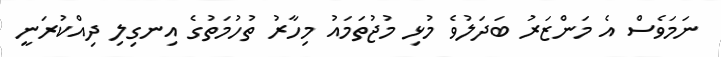
ނަމަވެސް އެ މަންޒަރު ބަދަލުވެ މުޅި މުޖުތަމައު މިހާރު ތުހުމަތުގެ އިނގިލި ދިއްކުރަނީ